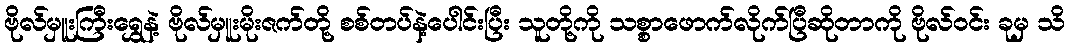
ဗိုလ်မှူးကြီးရွှေနဲ့ ဗိုလ်မှူးမိုးဇက်တို့ စစ်တပ်နဲ့ပေါင်းပြီး သူတို့ကို သစ္စာဖောက်လိုက်ပြီဆိုတာကို ဗိုလ်ဝင်း ခုမှ သိ